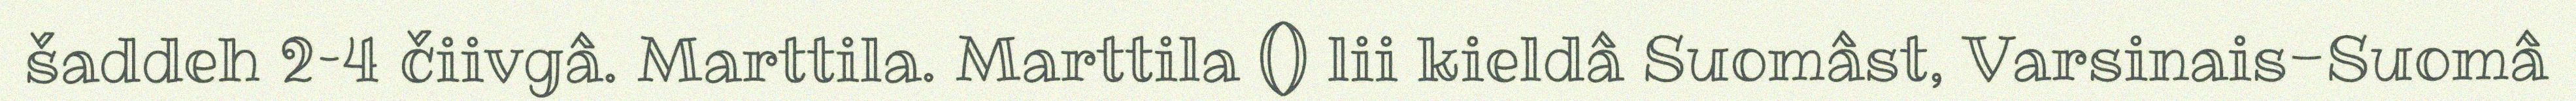
šaddeh 2–4 čiivgâ. Marttila. Marttila () lii kieldâ Suomâst, Varsinais-Suomâ